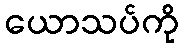
ယောသပ်ကို